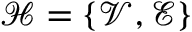
\mathcal { H } = \{ \mathcal { V } , \mathcal { E } \}